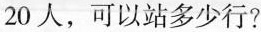
20人，可以站多少行?